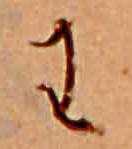
わ